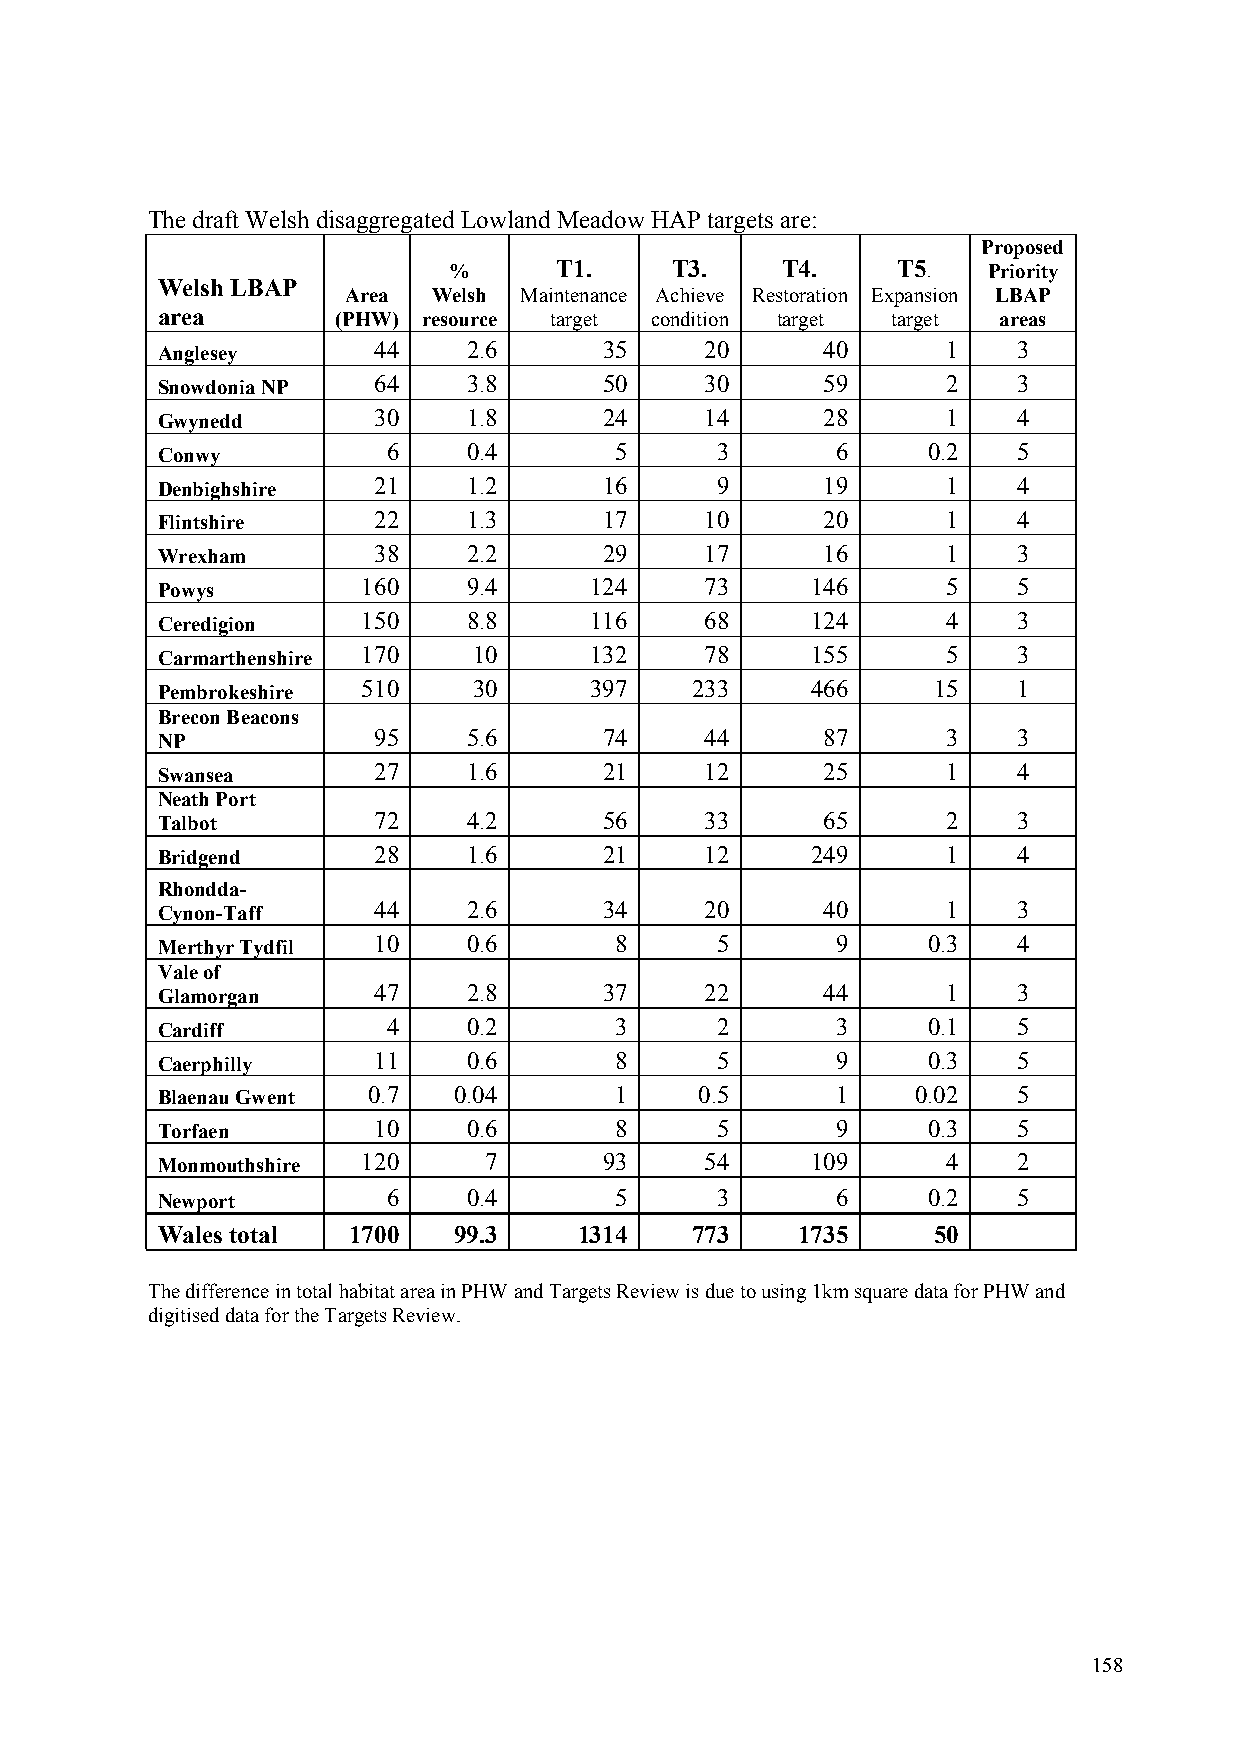
The draft Welsh disaggregated Lowland Meadow HAP targets are:
 Proposed
 %      T1.    T3.     T4.    T5.   Priority
 Welsh LBAP
 Area  Welsh Maintenance Achieve Restoration Expansion LBAP
 area        (PHW) resource target condition target target areas
 Anglesey       44    2.6      35     20     40       1   3
 Snowdonia NP   64    3.8      50     30     59       2   3
 Gwynedd        30    1.8      24     14     28       1   4
 Conwy           6    0.4       5     3       6     0.2   5
 Denbighshire   21    1.2      16     9      19       1   4
 Flintshire     22    1.3      17     10     20       1   4
 Wrexham        38    2.2      29     17     16       1   3
 Powys         160    9.4     124     73     146      5   5
 Ceredigion    150    8.8     116     68     124      4   3
 Carmarthenshire 170  10      132     78     155      5   3
 Pembrokeshire 510    30      397    233     466     15   1
 Brecon Beacons
 NP             95    5.6      74     44     87       3   3
 Swansea        27    1.6      21     12     25       1   4
 Neath Port
 Talbot         72    4.2      56     33     65       2   3
 Bridgend       28    1.6      21     12     249      1   4
 Rhondda-
 Cynon-Taff     44    2.6      34     20     40       1   3
 Merthyr Tydfil 10    0.6       8     5       9     0.3   4
 Vale of
 Glamorgan      47    2.8      37     22     44       1   3
 Cardiff         4    0.2       3     2       3     0.1   5
 Caerphilly     11    0.6       8     5       9     0.3   5
 Blaenau Gwent 0.7   0.04       1    0.5      1     0.02  5
 Torfaen        10    0.6       8     5       9     0.3   5
 Monmouthshire 120     7       93     54     109      4   2
 Newport         6    0.4       5     3       6     0.2   5
 Wales total  1700   99.3    1314    773    1735     50
 The difference in total habitat area in PHW and Targets Review is due to using 1km square data for PHW and
 digitised data for the Targets Review.
 158